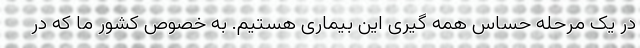
در یک مرحله حساس همه ‌گیری این بیماری هستیم. به‌ خصوص کشور ما که در